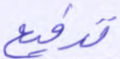
تدفيع